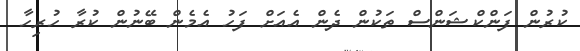
ކުރުން ފަންކްޝަންސް ތަކުން ދެން އެއަށް ފަހު އެމެން ބޭނުން ކުރާ ހުރިހާ